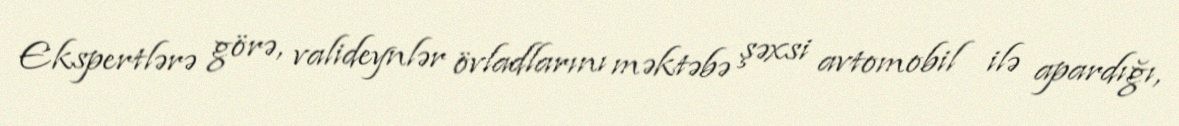
Ekspertlərə görə, valideynlər övladlarını məktəbə şəxsi avtomobil ilə apardığı,